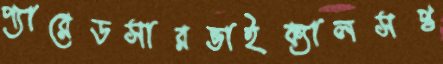
প্যারেডসারভাইক্যালসপ্ত